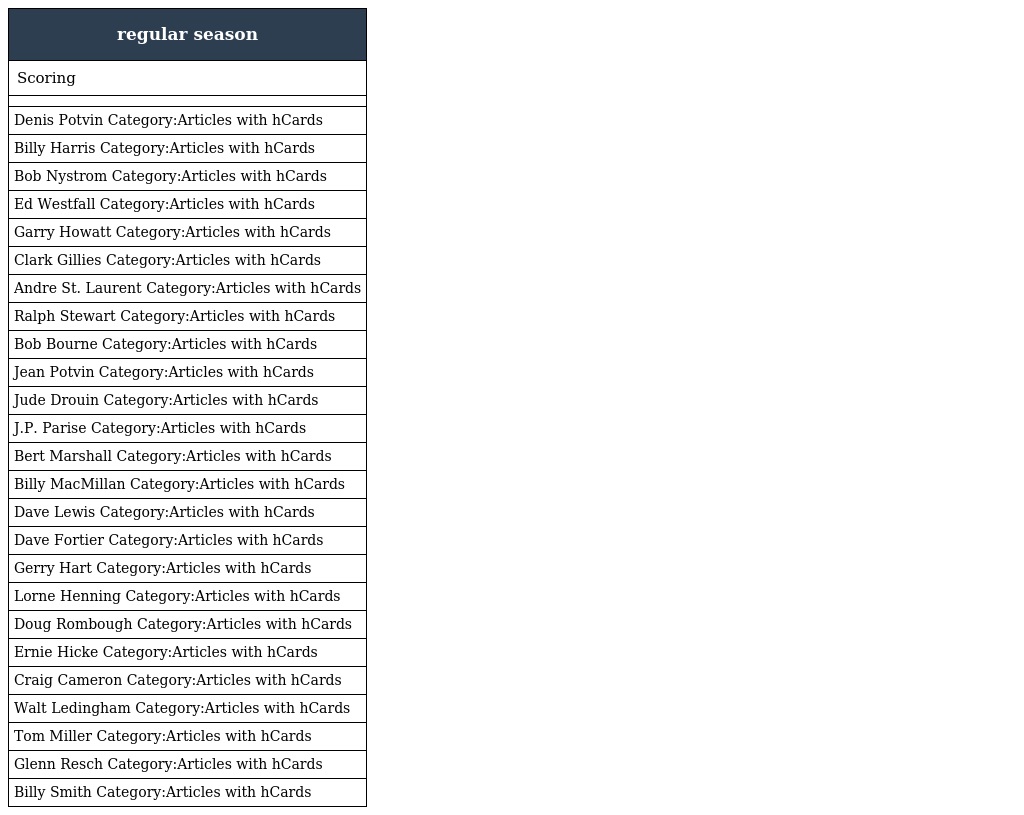
| regular season |
 | --- |
 | Scoring |
 |  |
 | Denis Potvin Category:Articles with hCards |
 | Billy Harris Category:Articles with hCards |
 | Bob Nystrom Category:Articles with hCards |
 | Ed Westfall Category:Articles with hCards |
 | Garry Howatt Category:Articles with hCards |
 | Clark Gillies Category:Articles with hCards |
 | Andre St. Laurent Category:Articles with hCards |
 | Ralph Stewart Category:Articles with hCards |
 | Bob Bourne Category:Articles with hCards |
 | Jean Potvin Category:Articles with hCards |
 | Jude Drouin Category:Articles with hCards |
 | J.P. Parise Category:Articles with hCards |
 | Bert Marshall Category:Articles with hCards |
 | Billy MacMillan Category:Articles with hCards |
 | Dave Lewis Category:Articles with hCards |
 | Dave Fortier Category:Articles with hCards |
 | Gerry Hart Category:Articles with hCards |
 | Lorne Henning Category:Articles with hCards |
 | Doug Rombough Category:Articles with hCards |
 | Ernie Hicke Category:Articles with hCards |
 | Craig Cameron Category:Articles with hCards |
 | Walt Ledingham Category:Articles with hCards |
 | Tom Miller Category:Articles with hCards |
 | Glenn Resch Category:Articles with hCards |
 | Billy Smith Category:Articles with hCards |